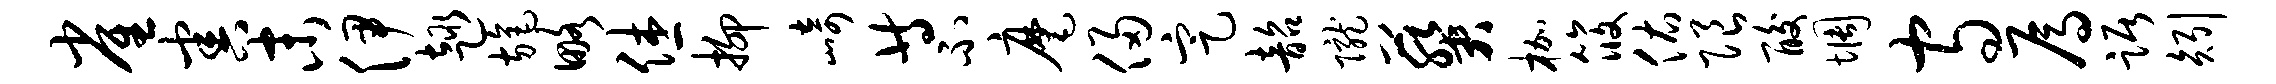
雀害末伊趣旄略休抑崎等不麾侵定韶陇葵枷筱佑限酸惆守焉踞矧